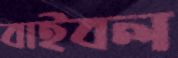
বাইবল